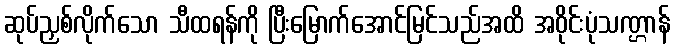
ဆုပ်ညှစ်လိုက်သော သီထရန်ကို ပြီးမြောက်အောင်မြင်သည်အထိ အဝိုင်းပုံသဏ္ဌာန်